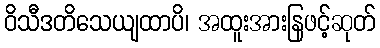
ဝိသီဒတိသေယျထာပိ၊ အထူးအားနြဖင့်ဆုတ်